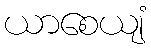
ယာစေယျံ